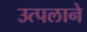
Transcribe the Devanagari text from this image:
उत्पलाने